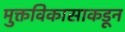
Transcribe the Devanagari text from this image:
मुक्तविकासाकडून